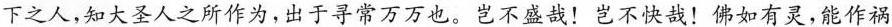
下之人，知大圣人之所作为，出于寻常万万也。岂不盛哉！岂不快哉！佛如有灵，能作祸